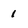
Character: 1